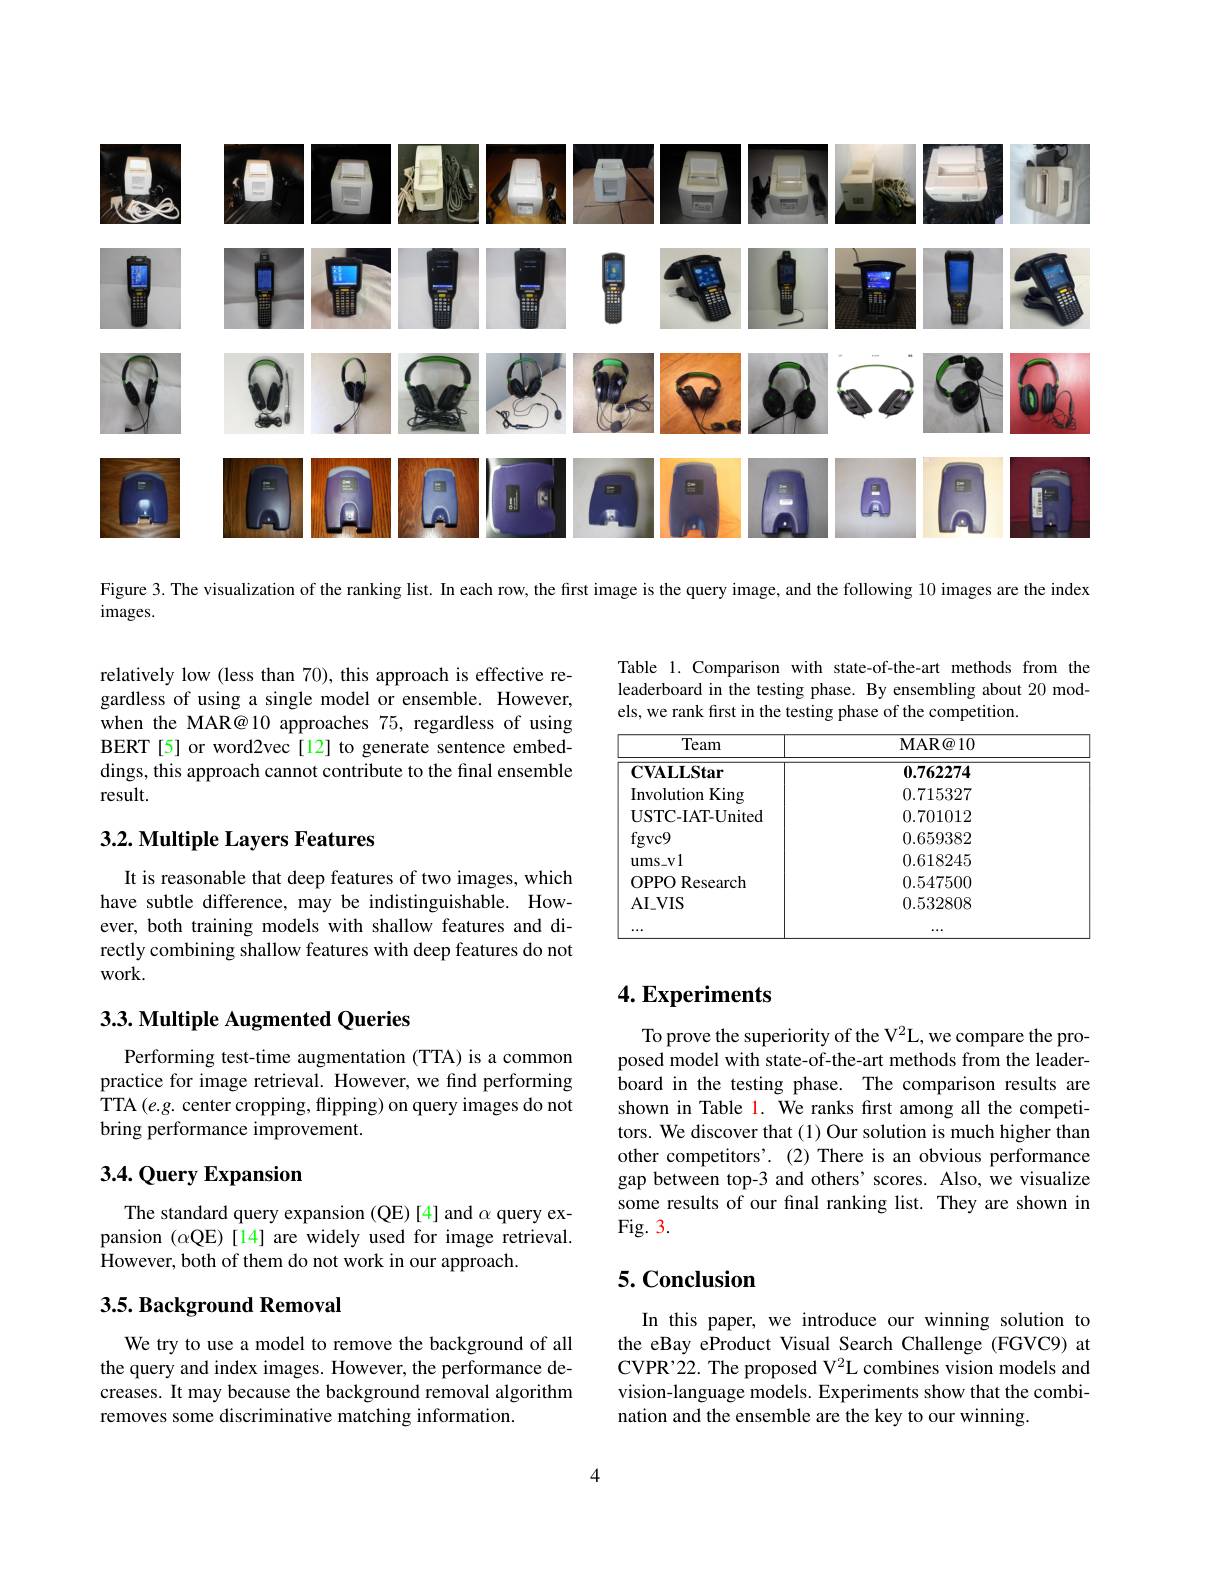
<FigureHere>

Figure 3. The visualization of the ranking list. In each row, the first image is the query image, and the following 10 images are the index

$images.$

Table 1. Comparison with state-of-the-art methods from the leaderboard in the testing phase. By ensembling about 20 models, we rank first in the testing phase of the competition.

relatively low (less than 70), this approach is effective regardless of using a single model or ensemble. However, when the MAR@10 approaches 75, regardless of using BERT[5] or word2vec[12] to generate sentence embeddings, this approach cannot contribute to the final ensemble result.

<table>
	<tbody>
		<tr>
			<th>Team</th>
			<th>$\mathbf{MAR@10}$</th>
		</tr>
		<tr>
			<td>$\mathbf{CVALLStar}$</td>
			<td>0.762274</td>
		</tr>
		<tr>
			<td>Involution King</td>
			<td>0.715327</td>
		</tr>
		<tr>
			<td>USTC- IAT- United</td>
			<td>0.701012</td>
		</tr>
		<tr>
			<td>$fgvc9$</td>
			<td>0.659382</td>
		</tr>
		<tr>
			<td>$ums_{-}v1$</td>
			<td>0.618245</td>
		</tr>
		<tr>
			<td>OPPO Research</td>
			<td>0.547500</td>
		</tr>
		<tr>
			<td>$\mathrm{AI}_{- }$VIS</td>
			<td>0.532808</td>
		</tr>
		<tr>
			<td> </td>
			<td>···</td>
		</tr>
	</tbody>
</table>

## 3.2. Multiple Layers Features

It is reasonable that deep features of two images, which have subtle difference, may be indistinguishable. However, both training models with shallow features and directly combining shallow features with deep features do not work.

# 4. Experiments

## 3.3. Multiple Augmented Queries

Performing test-time augmentation (TTA) is a common practice for image retrieval. However, we find performing TTA $(e.g.$ center cropping, flipping) on query images do not bring performance improvement.

To prove the superiority of the V2L, we compare the proposed model with state-of-the-art methods from the leader- $\hat{\text{board in the testing phase. The comparison results are}}$ shown in Table 1. We ranks first among all the competitors. We discover that (1) Our solution is much higher than other competitors'. (2) There is an obvious performance gap between top-3 and others' scores. Also, we visualize some results of our final ranking list. They are shown in Fig. 3.

## $3. 4. \textbf{Query Expansion}$

The standard query expansion (QE)[4] and $\alpha$ query expansion $(\alpha$QE)[14] are widely used for image retrieval. However, both of them do not work in our approach.

## 5. Conclusion

## $3. 5. \textbf{Background Removal}$

In this paper, we introduce our winning solution to the eBay eProduct Visual Search Challenge (FGVC9) at CVPR'22. The proposed V$^2$L combines vision models and vision-language models. Experiments show that the combination and the ensemble are the key to our winning.

We try to use a model to remove the background of all the query and index images. However, the performance decreases. It may because the background removal algorithm removes some discriminative matching information.

4